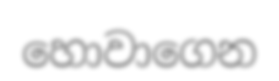
හොවාගෙන